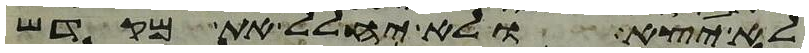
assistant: לא יצא ולא יחלל את מקדש